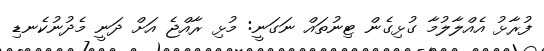
ފުރާޅު އެއްލާލުމާ ގުޅިގެން ޓިނުތައް ނަގަނީ: މުޅި ރާއްޖެ އަށް ދަނީ މެދުނުކެނޑި